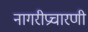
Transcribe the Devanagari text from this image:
नागरीप्रचारणी